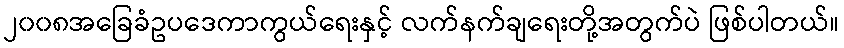
၂၀၀၈အခြေခံဥပဒေကာကွယ်ရေးနှင့် လက်နက်ချရေးတို့အတွက်ပဲ ဖြစ်ပါတယ်။